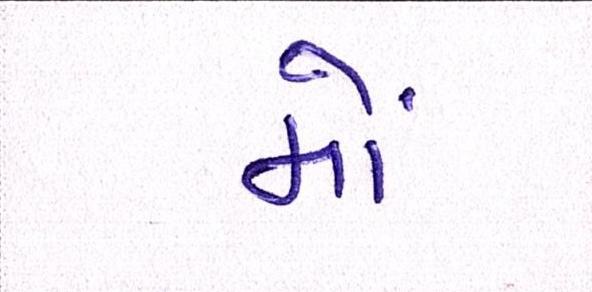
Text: મોં